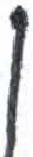
אות: ן